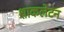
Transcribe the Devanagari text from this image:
शाकलेटन